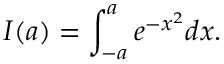
I ( a ) = \int _ { - a } ^ { a } e ^ { - x ^ { 2 } } d x .